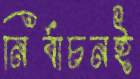
নির্বাচনই